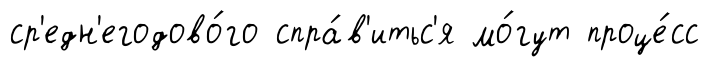
ср'едн'егодово́го спра́в'итьс'я мо́гут проце́сс